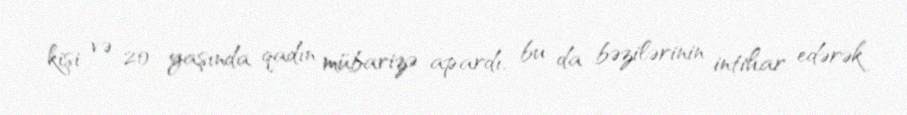
kişi və 20 yaşında qadın mübarizə apardı, bu da bəzilərinin intihar edərək